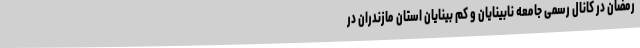
رمضان در کانال رسمی جامعه نابینایان و کم بینایان استان مازندران در